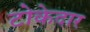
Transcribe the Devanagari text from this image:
टोकेदार